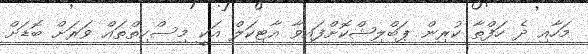
މަހާއި ދެ ހަފްތާ ކުރިން ޕަބްލިޝްކޮށްފައިވާ އާޓިކަލް އަކީ މިސްކިތްތައް ވަރަށް ބޮޑަށް